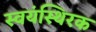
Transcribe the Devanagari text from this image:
स्वयंस्थिरक